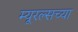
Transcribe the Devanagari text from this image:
म्यूरल्सच्या